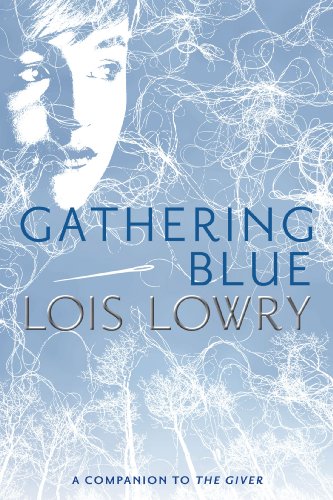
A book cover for Gathering Blue (Giver Quartet); Lois Lowry; Teen & Young Adult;